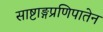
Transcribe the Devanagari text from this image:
साष्टाङ्गप्रणिपातेन